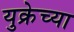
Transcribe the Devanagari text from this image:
युक्रेच्या